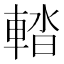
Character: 𨌭